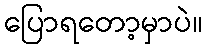
ပြောရတော့မှာပဲ။